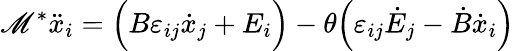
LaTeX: \mathscr{M}^{*}\ddot{{x}}_{i}=\Big(B\varepsilon_{ij}\dot{{x}}_{j}+E_{i}\Big)-\theta\Big(\varepsilon_{ij}\dot{{E}}_{j}-\dot{{B}}\dot{{x}}_{i}\Big)